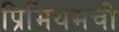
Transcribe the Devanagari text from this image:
प्रिमियमची